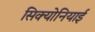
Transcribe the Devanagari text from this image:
सिक्योनियाई